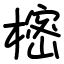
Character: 樒